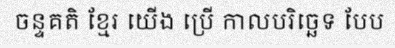
ចន្ទគតិ ខ្មែរ យើង ប្រើ កាលបរិច្ឆេទ បែប